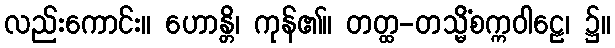
လည်းကောင်း။ ဟောန္တိ၊ ကုန်၏။ တတ္ထ-တသ္မိံစက္ကဝါဠေ၊ ၌။